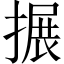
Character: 搌